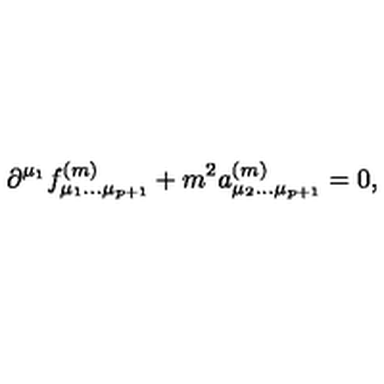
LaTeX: \partial ^ { \mu _ { 1 } } f _ { \mu _ { 1 } \dots \mu _ { p + 1 } } ^ { ( m ) } + m ^ { 2 } a _ { \mu _ { 2 } \dots \mu _ { p + 1 } } ^ { ( m ) } = 0 ,